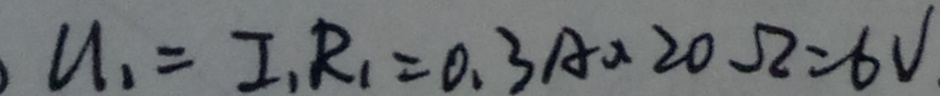
u _ { 1 } = I _ { 1 } R _ { 1 } = 0 . 3 A \times 2 0 \Omega = 6 V